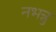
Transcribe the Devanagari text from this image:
नभन्नु